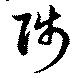
陟